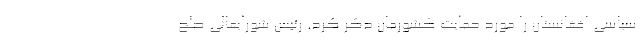
سیاسی افغانستان را مورد حمایت کشورمان ذکر کرد. رئیس شورایعالی صلح